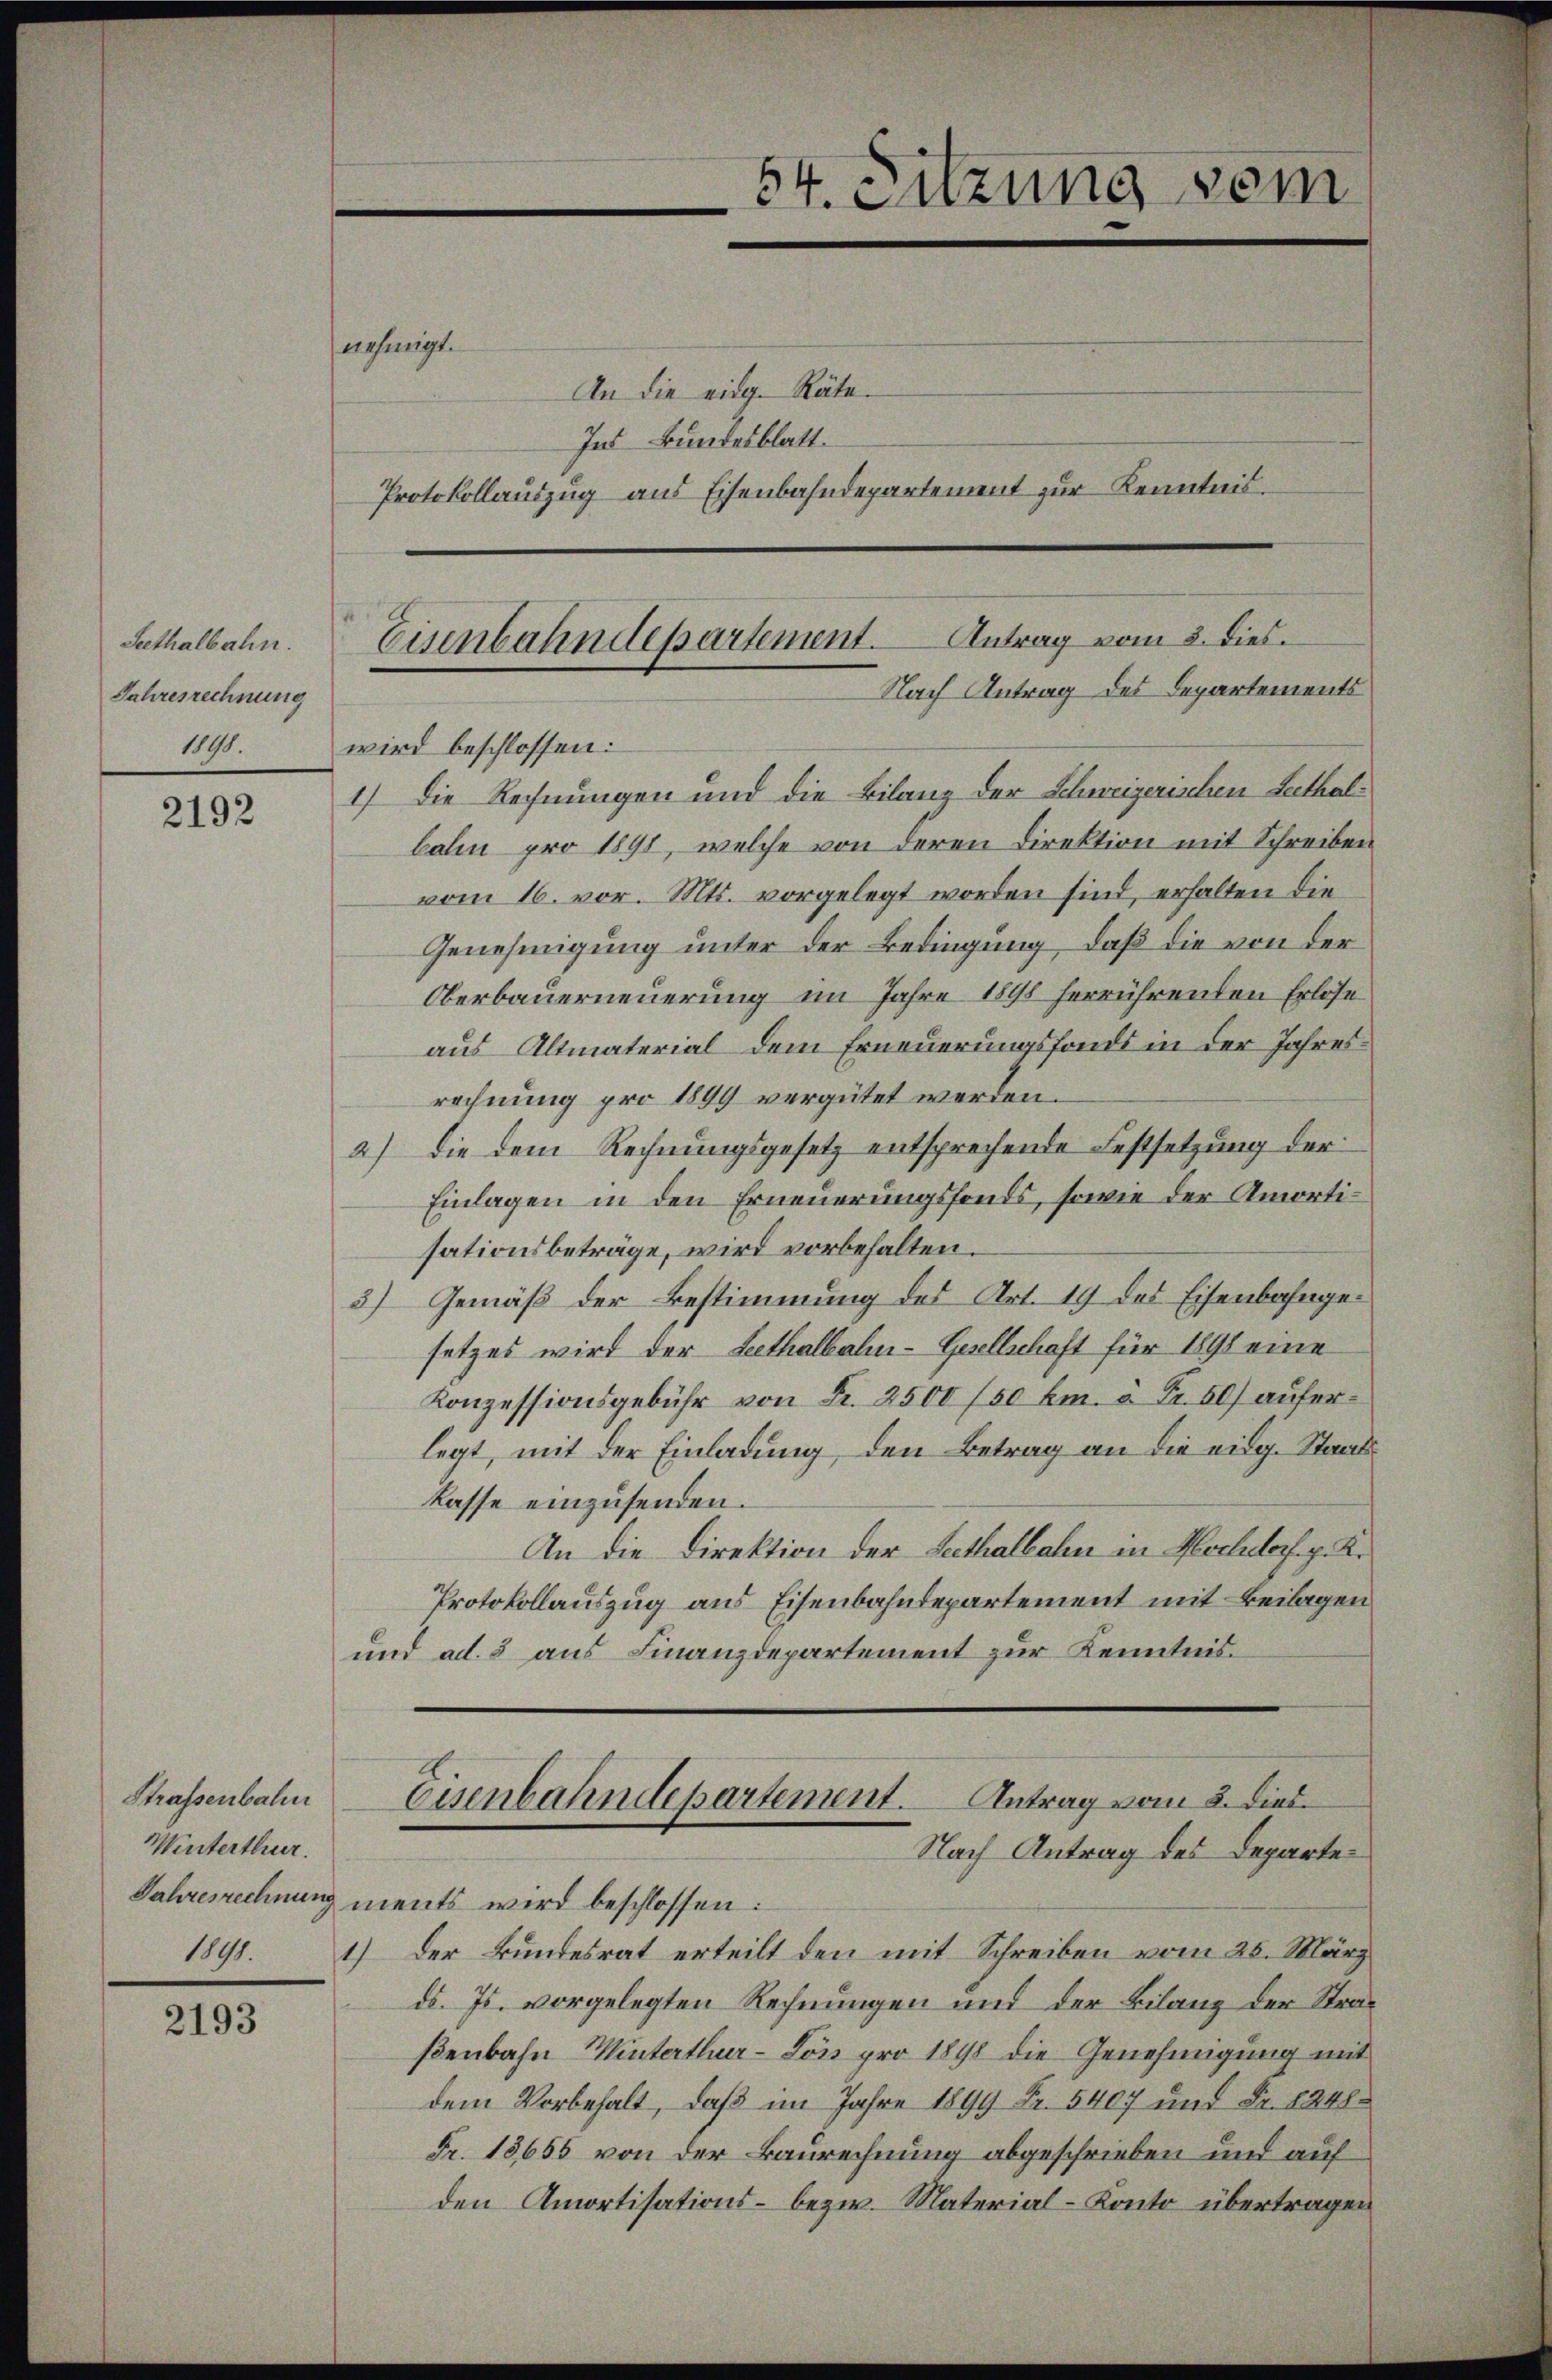
Sethalbahn.
Jahresrechnung

2192

2193

nehmigt.

An die eidg. Räte
Ind Bundesblatt.
Protokollauszug aus Eisenbahndepartement zur Kenntnis.

Antrag vom 3. dies.
Eisenbahndepartement.
Nach Antrag des Departements

Strassenbahn
Winterthur.
Jahresrechnung u.
1891
1

1898 wird beschlossen:
1) Die Rechnungen und die Bilanz der Schweizerischen Leithalbalen pro 1891, welche von deren Direktion mit Schreiben
vom 16. vor. Mts. vorgelegt worden sind, erhalten die
Genehmigung unter der Bedingung, daß die von der
Oberbauerneuerung im Jahre 1891 herrührenden Erlöse
aus Altmaterial dem Erneuerungsfonds in der Jahresrechnung pro 1899 vergütet werden.
2) die dem Rechnungsgesetz entsprechende Festsetzung der
Einlagen in den Erneuerungsfonds, sowie der Amortisationsbeträge, wird vorbehalten.
3) Gemäß der Bestimmung des Art. 19 des Eisenbahngesetzes wird der Lethalbahn-Gesellschaft für 1898 eine
Konzessionsgebühr von Fr. 2500 /50 Cm. à Fr. 50) auferlegt, mit der Einladung den Betrag an die eidg. Staat
kasse einzusenden.
An die Direktion der Seethalbahn in Hochdorf. p. K.
Protokollauszug aus Eisenbahndepartement mit Beilagen
und ad. 5 aus Finanzdepartement zur Kenntnis.

ents wird beschlossen:
der Bundesrat erteilt den mit Schreiben vom 25. März
ds. Js. vorgelegten Rechnungen und der Bilanz der Straßenbahn Winterthur-Löss pro 1898 die Genehmigung mit
dem Vorbehalt, daß im Jahre 1899 Fr. 5407 und Fr. 8248
Fr. 18655 von der Baurechnung abgeschrieben und auf
den Amortisations- bezw. Material-Konto übertragen

54. Suzung vom

Eisenbahndepartement. Antrag vom 2. Dies
Nach Antrag des Departe